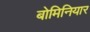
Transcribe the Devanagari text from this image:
बोमिनियार